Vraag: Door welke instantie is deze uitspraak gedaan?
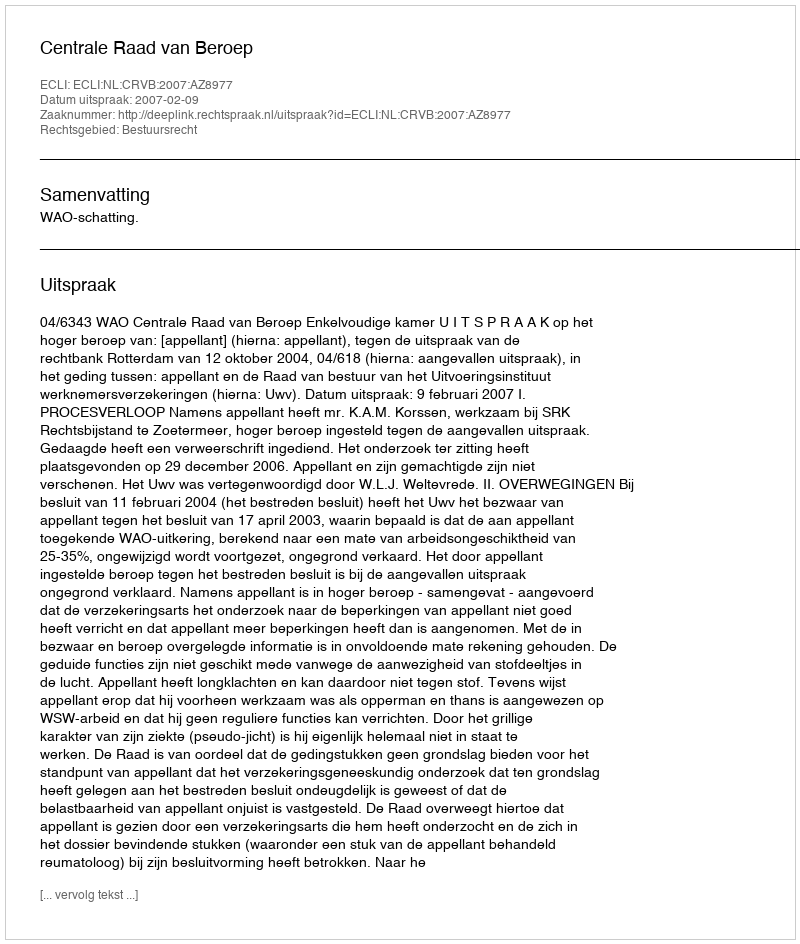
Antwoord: Centrale Raad van Beroep